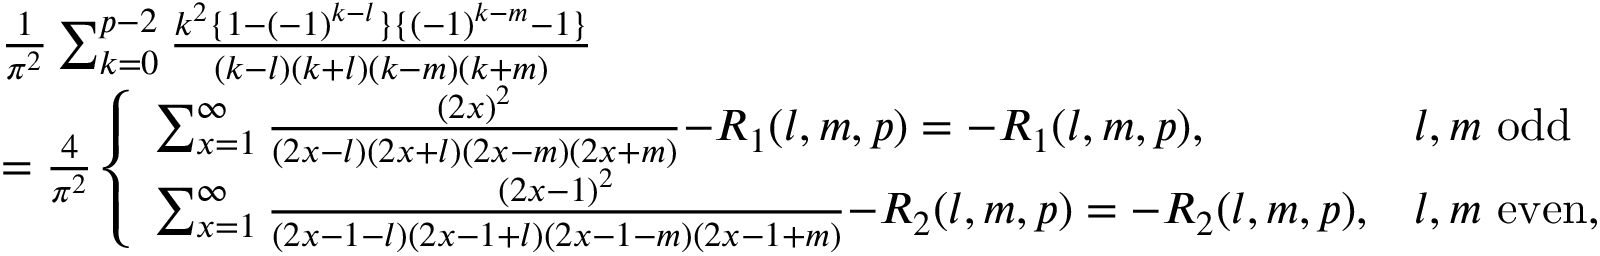
\begin{array} { r l } & { \frac { 1 } { \pi ^ { 2 } } \sum _ { k = 0 } ^ { p - 2 } \frac { k ^ { 2 } \{ 1 - ( - 1 ) ^ { k - l } \} \{ ( - 1 ) ^ { k - m } { - } 1 \} } { ( k { - } l ) ( k { + } l ) ( k { - } m ) ( k { + } m ) } } \\ & { = \frac { 4 } { \pi ^ { 2 } } \left\{ \begin{array} { l l } { \sum _ { x = 1 } ^ { \infty } \frac { ( 2 x ) ^ { 2 } } { ( 2 x { - } l ) ( 2 x { + } l ) ( 2 x { - } m ) ( 2 x { + } m ) } { - } R _ { 1 } ( l , m , p ) = { - } R _ { 1 } ( l , m , p ) , } & { l , m \mathrm { ~ o d d } } \\ { \sum _ { x = 1 } ^ { \infty } \frac { ( 2 x { - } 1 ) ^ { 2 } } { ( 2 x { - } 1 { - } l ) ( 2 x { - } 1 { + } l ) ( 2 x { - } 1 { - } m ) ( 2 x { - } 1 { + } m ) } { - } R _ { 2 } ( l , m , p ) = { - } R _ { 2 } ( l , m , p ) , } & { l , m \mathrm { ~ e v e n , } } \end{array} \right. } \end{array}